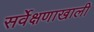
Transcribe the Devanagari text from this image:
सर्वेक्षणाखाली